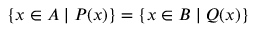
\{ x \in A \mid P ( x ) \} = \{ x \in B \mid Q ( x ) \}